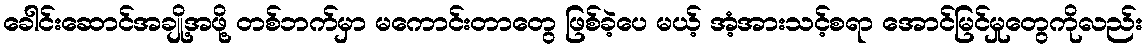
ခေါင်းဆောင်အချို့အဖို့ တစ်ဘက်မှာ မကောင်းတာတွေ ဖြစ်ခဲ့ပေ မယ့် အံ့အားသင့်စရာ အောင်မြင်မှုတွေကိုလည်း